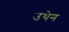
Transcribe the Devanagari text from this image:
उथेन